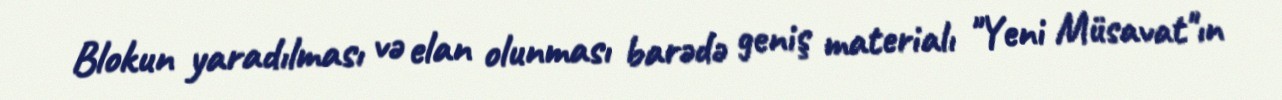
Blokun yaradılması və elan olunması barədə geniş materialı "Yeni Müsavat"ın